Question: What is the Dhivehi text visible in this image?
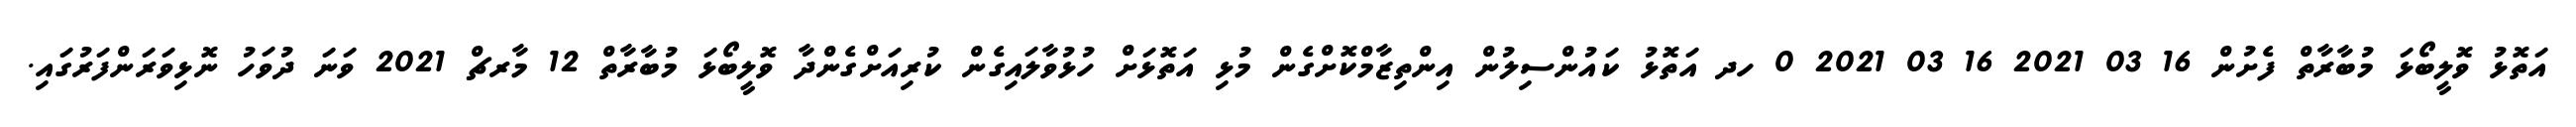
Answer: އަތޮޅު ވޮލީބޯޅަ މުބާރާތް ފެށުން 16 03 2021 16 03 2021 0 ހދ އަތޮޅު ކައުންސިލުން އިންތިޒާމްކޮށްގެން މުޅި އަތޮޅަށް ހުޅުވާލައިގެން ކުރިއަށްގެންދާ ވޮލީބޯޅަ މުބާރާތް 12 މާރޗް 2021 ވަނަ ދުވަހު ނޮޅިވަރަންފަރުގައި.